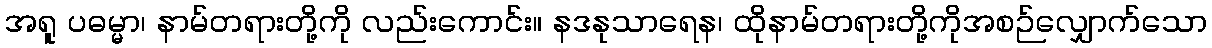
အရူ ပဓမ္မာ၊ နာမ်တရားတို့ကို လည်းကောင်း။ နဒနုသာရေန၊ ထိုနာမ်တရားတို့ကိုအစဉ်လျှောက်သော